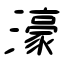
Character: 濠